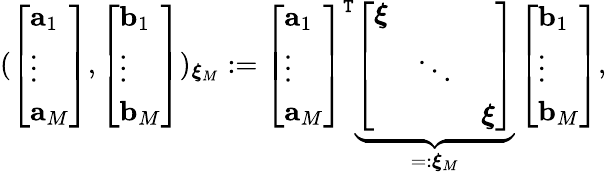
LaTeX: (\left[\begin{array}{l}{\mathbf{a}_{1}}\\ {\vdots}\\ {\mathbf{a}_{M}}\end{array}\right],\left[\begin{array}{l}{\mathbf{b}_{1}}\\ {\vdots}\\ {\mathbf{b}_{M}}\end{array}\right])_{\boldsymbol{\xi}_{M}}:=\left[\begin{array}{l}{\mathbf{a}_{1}}\\ {\vdots}\\ {\mathbf{a}_{M}}\end{array}\right]^{\mathtt{T}}\underbrace{{\left[\begin{array}{lll}{\boldsymbol{\xi}}&&\\ &{\ddots}&\\ &&{\boldsymbol{\xi}}\end{array}\right]}}_{=:\boldsymbol{\xi}_{M}}\left[\begin{array}{l}{\mathbf{b}_{1}}\\ {\vdots}\\ {\mathbf{b}_{M}}\end{array}\right],